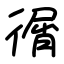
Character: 㣯